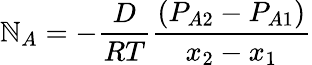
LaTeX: \mathbb{N}_{A}=-{\frac{{D}}{{RT}}}{\frac{{(P_{A2}-P_{A1})}}{{x_{2}-x_{1}}}}